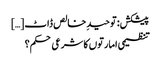
پیشکش: توحیدِ خالص ڈاٹ […]
تنظیمی امارتوں کا شرعی حکم؟